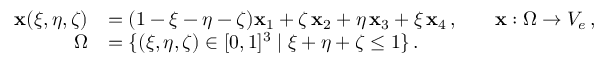
\begin{array} { r l r l } { \mathbf { x } ( \xi , \eta , \zeta ) } & { = ( 1 - \xi - \eta - \zeta ) \mathbf { x } _ { 1 } + \zeta \, \mathbf { x } _ { 2 } + \eta \, \mathbf { x } _ { 3 } + \xi \, \mathbf { x } _ { 4 } \, , } & & { \mathbf { x } : \Omega \to V _ { e } \, , } \\ { \Omega } & { = \{ ( \xi , \eta , \zeta ) \in [ 0 , 1 ] ^ { 3 } \; | \; \xi + \eta + \zeta \leq 1 \} \, . } \end{array}